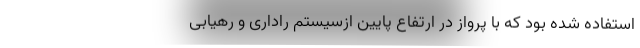
استفاده شده بود که با پرواز در ارتفاع پایین ازسیستم راداری و رهیابی